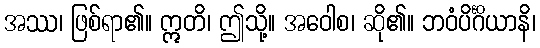
အဿ၊ ဖြစ်ရာ၏။ ဣတိ၊ ဤသို့။ အဝေါစ၊ ဆို၏။ ဘဝံပိင်္ဂိယာနိ၊